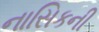
નાસિકની